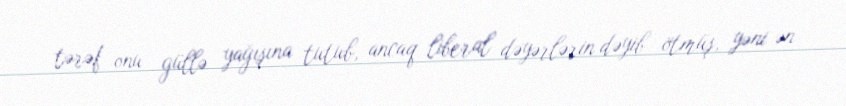
tərəf onu güllə yağışına tutub, ancaq liberal dəyərlərin dəyib ötmüş, yəni ən